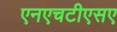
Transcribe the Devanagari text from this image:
एनएचटीएसए